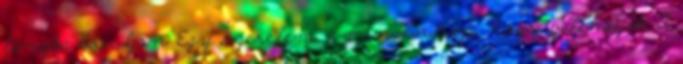
lángba boruljon Egy szerelem - mindennap, hogy belehaljak A